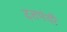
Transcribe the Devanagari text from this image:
दत्तपंथी